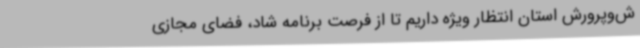
ش‌وپرورش استان انتظار ویژه داریم تا از فرصت برنامه شاد، فضای مجازی